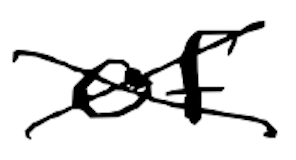
Text: of
Cross-out: mix
Writing tool: digital_black